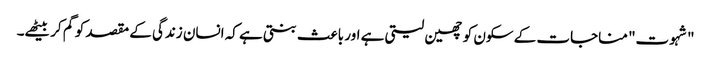
"شہوت" مناجات کے سکون کو چھین لیتی ہے اور باعث بنتی ہے کہ انسان زندگی کے مقصد کو گم کر بیٹھے۔